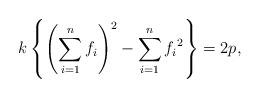
LaTeX: \begin{align*}k\left\{\left( \sum_{i=1}^nf_i\right)^2-\sum_{i=1}^nf_i{}^2\right\}=2p, \end{align*}